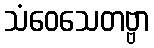
သံဝေသေတဗ္ဗာ